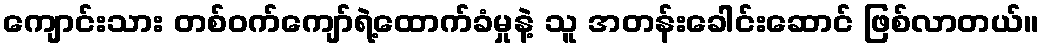
ကျောင်းသား တစ်ဝက်ကျော်ရဲ့ထောက်ခံမှုနဲ့ သူ အတန်းခေါင်းဆောင် ဖြစ်လာတယ်။